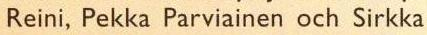
Reini, Pekka Parviainen och Sirkka